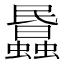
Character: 𧓹